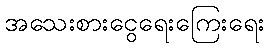
အသေးစားငွေရေးကြေးရေး